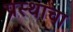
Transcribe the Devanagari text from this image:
प्रस्थाचा